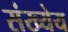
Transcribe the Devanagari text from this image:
संख्येय